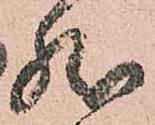
然